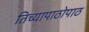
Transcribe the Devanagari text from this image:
तिच्यापाठोपाठ